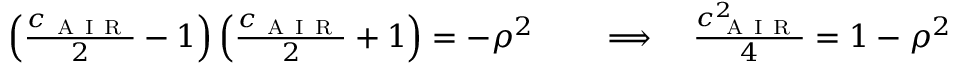
\begin{array} { r l } { \left( \frac { c _ { \mathrm { ~ A ~ I ~ R ~ } } } { 2 } - 1 \right) \left( \frac { c _ { \mathrm { ~ A ~ I ~ R ~ } } } { 2 } + 1 \right) = - \rho ^ { 2 } \quad } & { { } \Longrightarrow \quad \frac { c _ { \mathrm { ~ A ~ I ~ R ~ } } ^ { 2 } } { 4 } = 1 - \rho ^ { 2 } } \end{array}